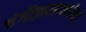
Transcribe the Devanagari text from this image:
चंगीझखानपेक्षा